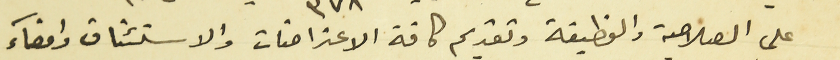
على الصلاحية والوظيفة وتقديم كافة الاعتراضات والاستئناف وامضآء